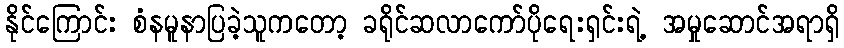
နိုင်ကြောင်း စံနမူနာပြခဲ့သူကတော့ ခရိုင်ဆလာကော်ပိုရေးရှင်းရဲ့ အမှုဆောင်အရာရှိ